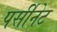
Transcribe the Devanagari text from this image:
पर्सीनेट